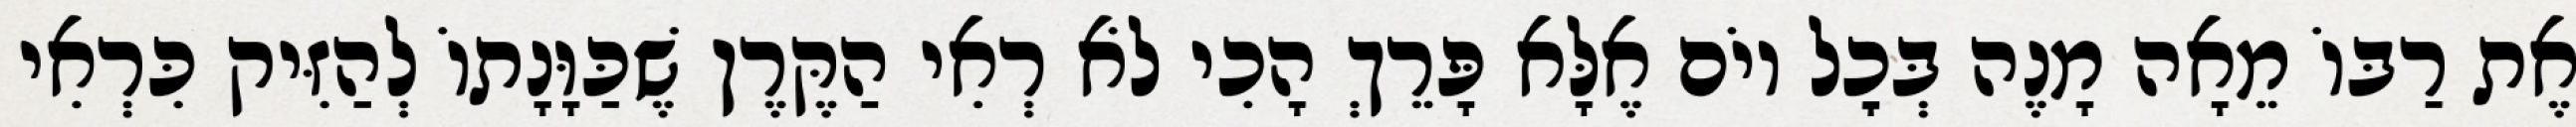
אֶת רַבּוֹ מֵאָה מָנֶה בְּכׇל יוֹם אֶלָּא פָּרֵךְ הָכִי לֹא רְאִי הַקֶּרֶן שֶׁכַּוָּנָתוֹ לְהַזִּיק כִּרְאִי